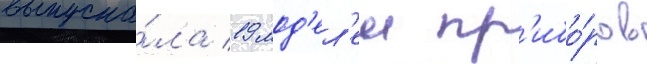
выпуска́ла 19 мод'ел'еи пр'ибо́ров